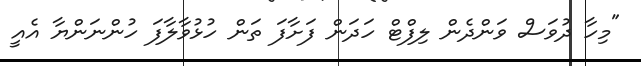
"މިހާ ދުވަސް ވަންދެން ލިފްޓް ހަދަން ފަށާފަ ތަން ހުޅުވާލާފަ ހުންނަންޔާ އެއީ